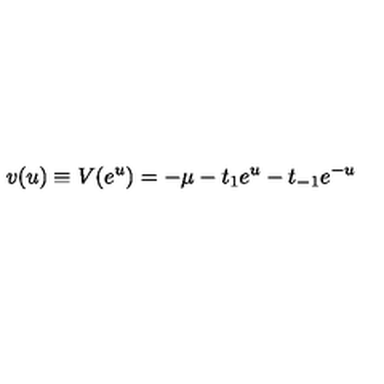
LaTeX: v ( u ) \equiv V ( e ^ { u } ) = - \mu - t _ { 1 } e ^ { u } - t _ { - 1 } e ^ { - u }